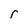
Character: r